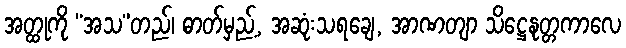
အတ္ထုကို “အသ”တည်၊ ဓာတ်မှည့်, အဆုံးသရချေ, အာဏတျာ သိဋ္ဌေနုတ္တကာလေ